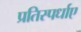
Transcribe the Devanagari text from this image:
प्रतिस्पर्धाए